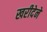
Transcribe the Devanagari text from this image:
खरीदेने